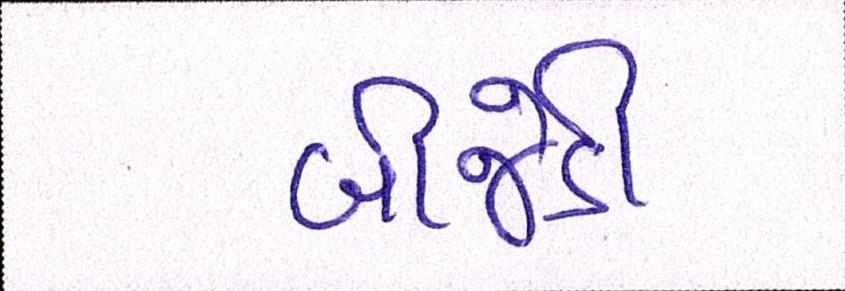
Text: બીજેડી